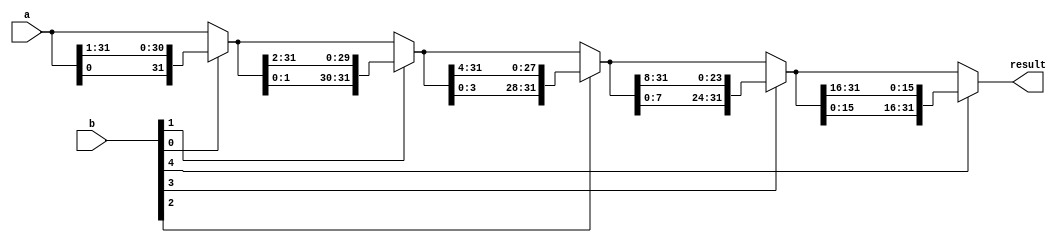
//rotate right
module ror(input wire[31:0] a, input wire[31:0] b, output wire [31:0] result);


    reg [31:0] stage0, stage1, stage2, stage3, stage4;

    always @(*) begin
        // Stage 0, shift by 0 or 1 bit
        if (b[0]) begin
            stage0 = {a[0], a[31:1]};
        end else begin
            stage0 = a;
        end

        // Stage 1, shift by 0 or 2 bits
        if (b[1]) begin
            stage1 = {stage0[1:0], stage0[31:2]};
        end else begin
            stage1 = stage0;
        end

        // Stage 2, shift by 0 or 4 bits
        if (b[2]) begin
            stage2 = {stage1[3:0], stage1[31:4]};
        end else begin
            stage2 = stage1;
        end

        // Stage 3, shift by 0 or 8 bits
        if (b[3]) begin
            stage3 = {stage2[7:0], stage2[31:8]};
        end else begin
            stage3 = stage2;
        end

        // Stage 4, shift by 0 or 16 bits
        if (b[4]) begin
            stage4 = {stage3[15:0], stage3[31:16]};
        end else begin
            stage4 = stage3;
        end

    end
    assign result = stage4;

endmodule

// Rotate Left
module rol(input wire[31:0] a, input wire[31:0] b, output wire [31:0] result);


    reg [31:0] stage0, stage1, stage2, stage3, stage4;

    always @(*) begin
        // Stage 0, shift by 0 or 1 bit
        if (b[0]) begin
            stage0 = {a[30:0], a[31]};
        end else begin
            stage0 = a;
        end

        // Stage 1, shift by 0 or 2 bits
        if (b[1]) begin
            stage1 = {stage0[29:0], stage0[31:30]};
        end else begin
            stage1 = stage0;
        end

        // Stage 2, shift by 0 or 4 bits
        if (b[2]) begin
            stage2 = {stage1[27:0], stage1[31:28]};
        end else begin
            stage2 = stage1;
        end

        // Stage 3, shift by 0 or 8 bits
        if (b[3]) begin
            stage3 = {stage2[23:0], stage2[31:24]};
        end else begin
            stage3 = stage2;
        end

        // Stage 4, shift by 0 or 16 bits
        if (b[4]) begin
            stage4 = {stage3[15:0], stage3[31:16]};
        end else begin
            stage4 = stage3;
        end

    end
    assign result = stage4;

endmodule